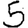
Digit: 5